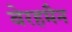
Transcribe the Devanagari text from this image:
बेरहमैन